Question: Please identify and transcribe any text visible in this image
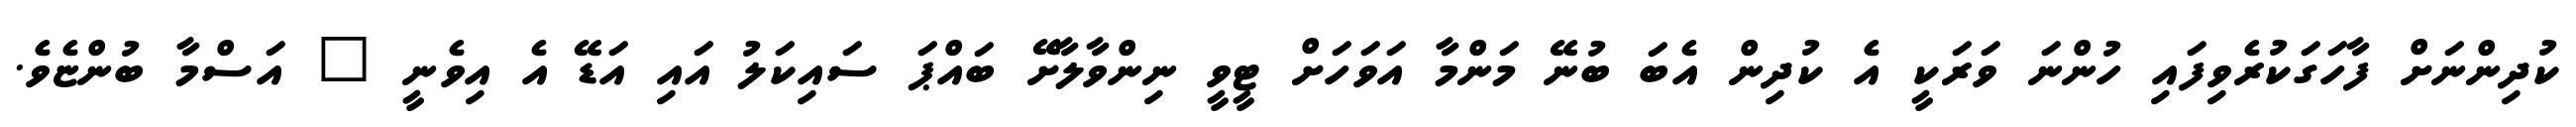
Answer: ކުދިންނަށް ފާހަގަކުރެވިފައި ހުންނަ ވަރަކީ އެ ކުދިން އެބަ ބުނޭ މަންމާ އަވަހަށް ޓީވީ ނިންވާލާށޭ ބައްޕަ ސައިކަލު އައި އަޑޭ އެ އިވެނީ " އަސްމާ ބުންޏެވެ.